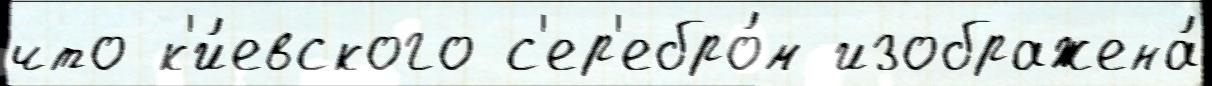
что к'и́евского с'ер'ебро́м изображена́